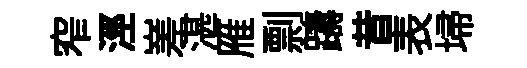
窄涇嵳湛雁剽躊昔表埽